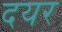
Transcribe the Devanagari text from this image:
दयर